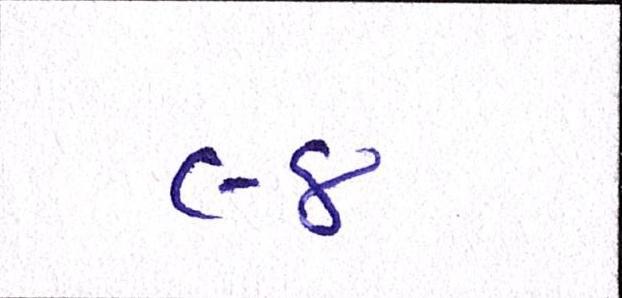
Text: ૯૪